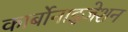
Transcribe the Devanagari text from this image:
कार्बोनाइज़ेशन